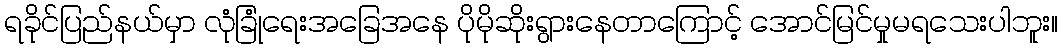
ရခိုင်ပြည်နယ်မှာ လုံခြုံရေးအခြေအနေ ပိုမိုဆိုးရွားနေတာကြောင့် အောင်မြင်မှုမရသေးပါဘူး။